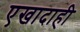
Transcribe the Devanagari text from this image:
एखादाही